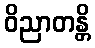
ဝိညာတန္တိ